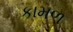
કામળ